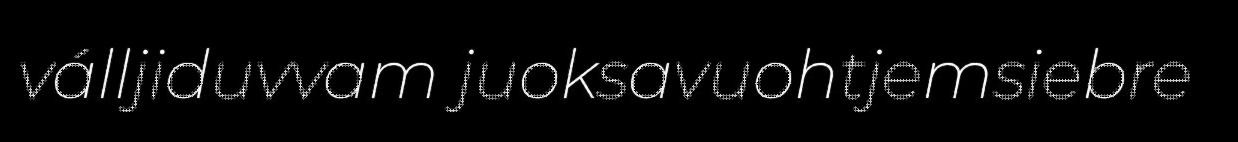
válljiduvvam juoksavuohtjemsiebre